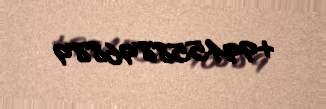
+994558896889